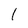
Character: l